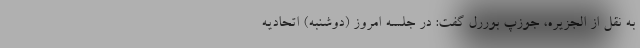
به نقل از الجزیره، جوزپ بوررل گفت: در جلسه امروز (دوشنبه) اتحادیه